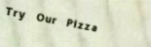
Try Our Pizza